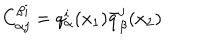
C _ { \alpha j } ^ { \beta i } = q _ { \alpha } ^ { i } ( x _ { 1 } ) \bar { q } _ { \beta } ^ { j } ( x _ { 2 } )